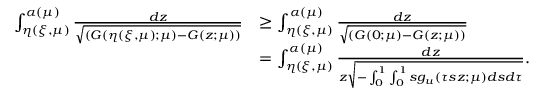
\begin{array} { r l } { \int _ { \eta ( \xi , \mu ) } ^ { \alpha ( \mu ) } \frac { d z } { \sqrt { ( G ( { \eta ( \xi , \mu ) } ; \mu ) - G ( z ; \mu ) ) } } } & { \ge \int _ { \eta ( \xi , \mu ) } ^ { \alpha ( \mu ) } \frac { d z } { \sqrt { ( G ( 0 ; \mu ) - G ( z ; \mu ) ) } } } \\ & { = \int _ { \eta ( \xi , \mu ) } ^ { \alpha ( \mu ) } \frac { d z } { z \sqrt { - \int _ { 0 } ^ { 1 } \int _ { 0 } ^ { 1 } s { g } _ { u } ( \tau s z ; \mu ) d s d \tau } } . } \end{array}